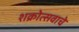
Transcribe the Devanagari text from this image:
शक्रोत्सवाचे